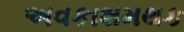
અવકાશમથક